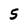
Character: 5